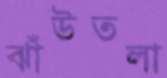
ঝাঁউতলা